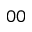
_ { 0 0 }